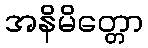
အနိမိတ္တော